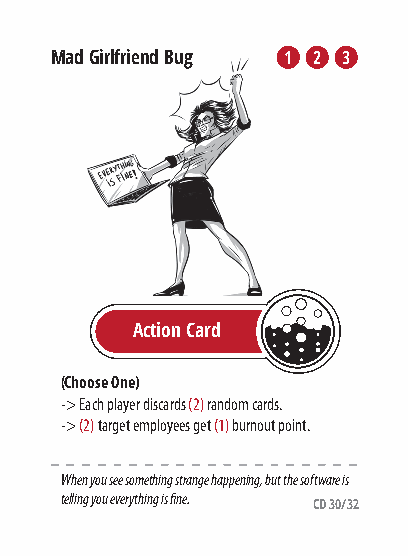
Mad Girlfriend Bug 1 2 3
 Action Card
 (Choose One)
 -> Each player discards (2) random cards.
 -> (2) target employees get (1) burnout point.
 When you see something strange happening, but the software is
 telling you everything is fine.
 CD 30/32